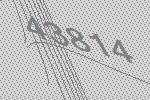
43814